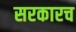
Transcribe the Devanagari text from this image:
सरकारच